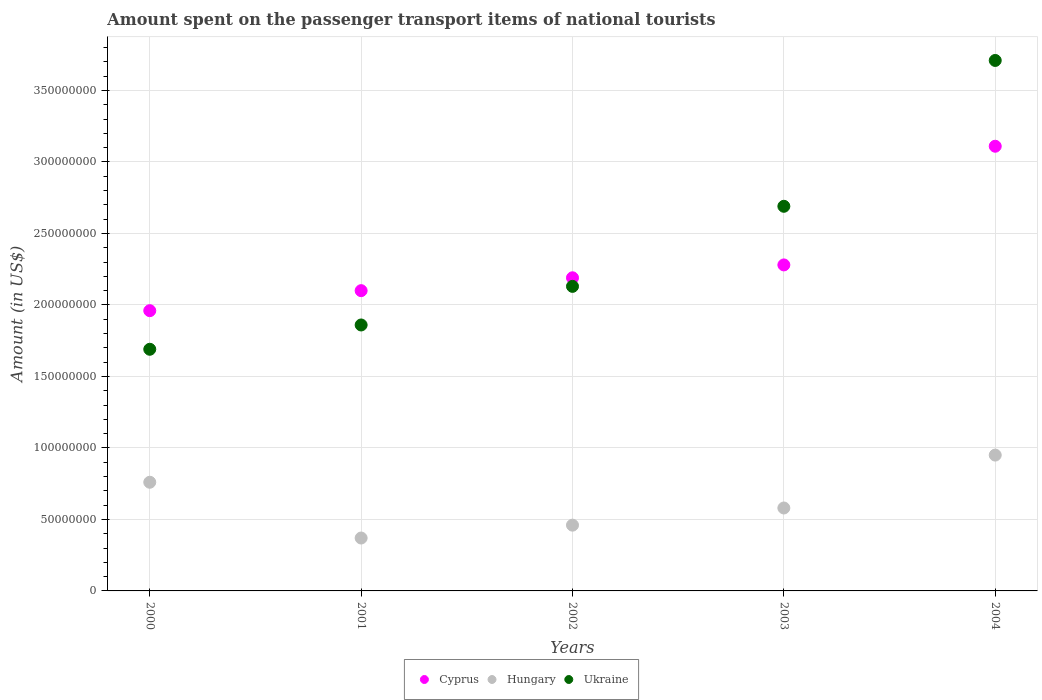
| Years | Cyprus | Hungary | Ukraine |
 | --- | --- | --- | --- |
 | 2000 | 1.96e+08 | 7.6e+07 | 1.69e+08 |
 | 2001 | 2.1e+08 | 3.7e+07 | 1.86e+08 |
 | 2002 | 2.19e+08 | 4.6e+07 | 2.13e+08 |
 | 2003 | 2.28e+08 | 5.8e+07 | 2.69e+08 |
 | 2004 | 3.11e+08 | 9.5e+07 | 3.71e+08 |